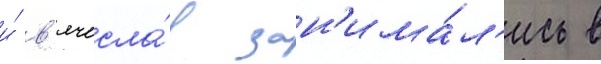
и́ в'ячесла́в зан'има́л'ись в